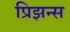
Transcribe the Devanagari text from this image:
प्रिझन्स